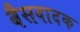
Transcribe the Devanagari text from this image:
बैसवादक